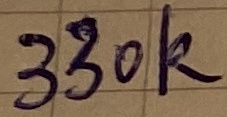
Text: 330k